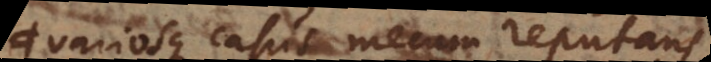
variosque casus mecum reputans,